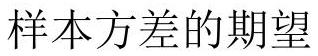
样本方差的期望